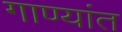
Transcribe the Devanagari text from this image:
गाण्यांत